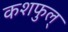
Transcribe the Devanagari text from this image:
कशफुल्